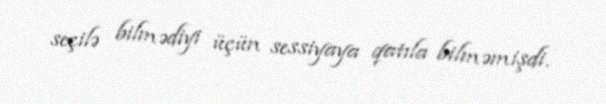
seçilə bilmədiyi üçün sessiyaya qatıla bilməmişdi.